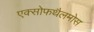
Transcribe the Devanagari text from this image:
एक्सोफथैलमोस